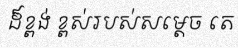
ដ៏ខ្ពង់ ខ្ពស់របស់សម្តេច តេ